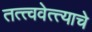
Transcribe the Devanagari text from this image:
तत्त्ववेत्त्याचे